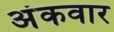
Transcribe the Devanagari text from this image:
अंकवार